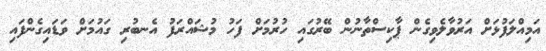
އަމިއްލަފުޅަށް އަރުވާލެވިގެން ޕާކިސްތާނުން ބޭރުގައި ހުރުމަށް ފަހު މުޝައްރަފު އެނބުރި ގައުމަށް ވަޑައިގެންފައި